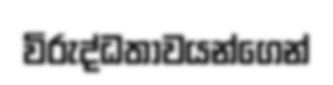
විරුද්ධතාවයන්ගෙන්